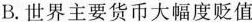
B.世界主要货币大幅度贬值